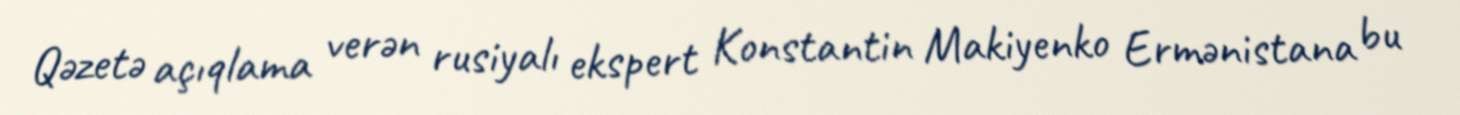
Qəzetə açıqlama verən rusiyalı ekspert Konstantin Makiyenko Ermənistana bu